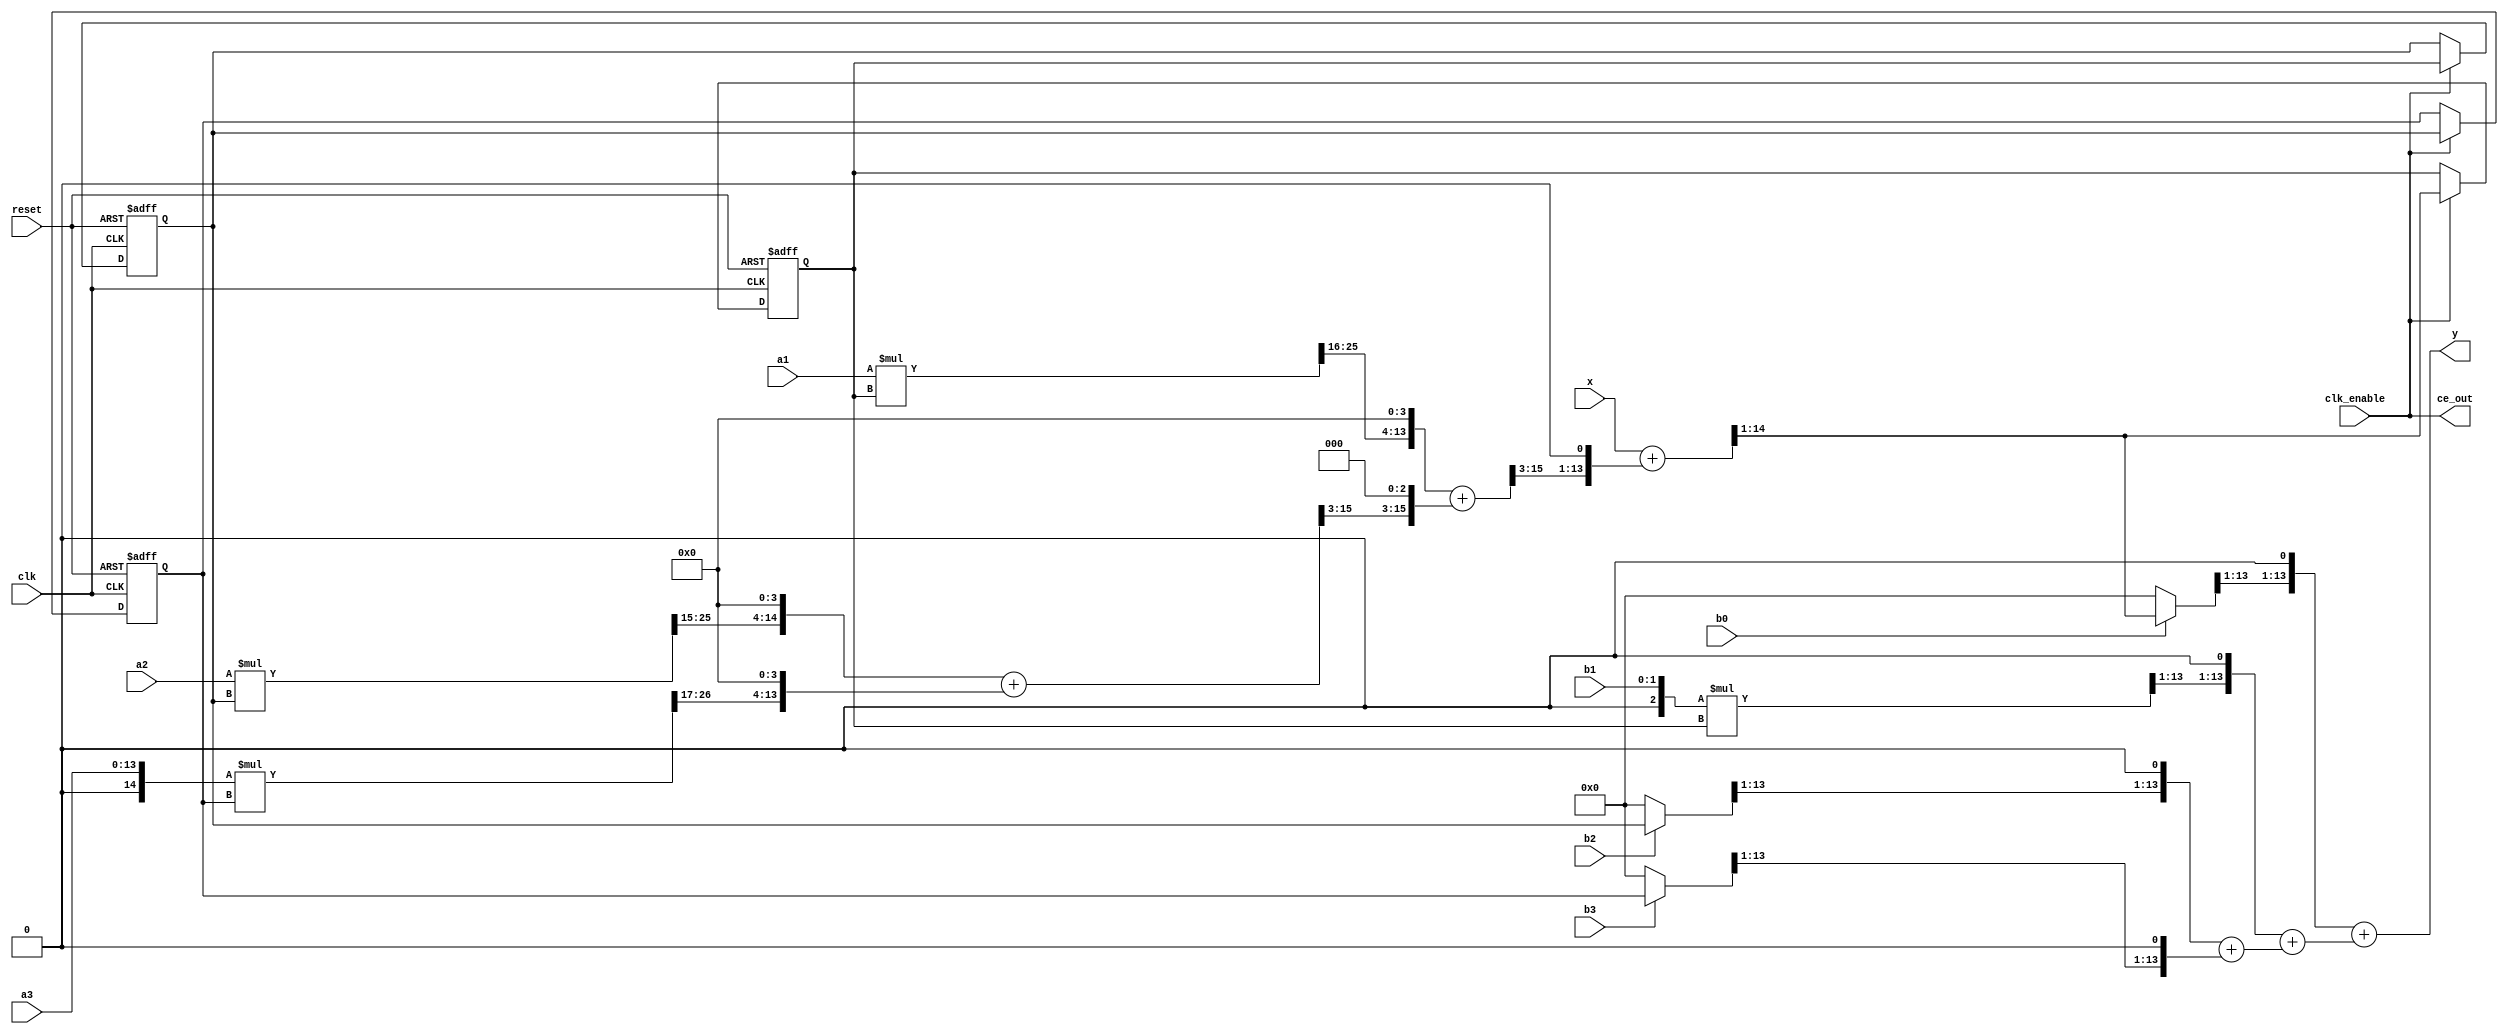
// -------------------------------------------------------------
// 
// 
// Generated by MATLAB 9.7, MATLAB Coder 4.3 and HDL Coder 3.15
// 
// 
// 
// -- -------------------------------------------------------------
// -- Rate and Clocking Details
// -- -------------------------------------------------------------
// Design base rate: 1
// 
// 
// Clock Enable  Sample Time
// -- -------------------------------------------------------------
// ce_out        1
// -- -------------------------------------------------------------
// 
// 
// Output Signal                 Clock Enable  Sample Time
// -- -------------------------------------------------------------
// y                             ce_out        1
// -- -------------------------------------------------------------
// 
// -------------------------------------------------------------


// -------------------------------------------------------------
// 
// Module: Direct_Form_IIR_Figure4_GeneratedCode_fixpt
// Source Path: Direct_Form_IIR_Figure4_GeneratedCode_fixpt
// Hierarchy Level: 0
// 
// -------------------------------------------------------------

`timescale 1 ns / 1 ns

module Direct_Form_IIR_Figure4_GeneratedCode_fixpt
          (clk,
           reset,
           clk_enable,
           x,
           a1,
           a2,
           a3,
           b0,
           b1,
           b2,
           b3,
           ce_out,
           y);


  input   clk;
  input   reset;
  input   clk_enable;
  input   signed [13:0] x;  // sfix14_En12
  input   signed [13:0] a1;  // sfix14_En15
  input   signed [13:0] a2;  // sfix14_En14
  input   [13:0] a3;  // ufix14_En16
  input   b0;  // ufix1
  input   [1:0] b1;  // ufix2
  input   b2;  // ufix1
  input   b3;  // ufix1
  output  ce_out;
  output  signed [13:0] y;  // sfix14_En11


  wire enb;
  reg signed [13:0] n10_add_reg_2;  // sfix14_En11
  reg signed [13:0] n10_add_reg_3;  // sfix14_En11
  wire signed [13:0] n3_mul;  // sfix14_En14
  wire signed [14:0] p8n3_mul_cast;  // sfix15_En16
  wire signed [28:0] p8n3_mul_mul_temp;  // sfix29_En27
  wire signed [27:0] p8n3_mul_cast_1;  // sfix28_En27
  wire signed [13:0] p8n3_mul_cast_2;  // sfix14_En10
  reg signed [13:0] n10_add_reg_1;  // sfix14_En11
  wire signed [13:0] n2_mul;  // sfix14_En13
  wire signed [27:0] p6n2_mul_mul_temp;  // sfix28_En25
  wire signed [13:0] p6n2_mul_cast;  // sfix14_En10
  wire signed [13:0] n8_add;  // sfix14_En12
  wire signed [15:0] p15n8_add_add_cast;  // sfix16_En14
  wire signed [15:0] p15n8_add_add_cast_1;  // sfix16_En14
  wire signed [15:0] p15n8_add_add_temp;  // sfix16_En14
  wire signed [13:0] p15n8_add_cast;  // sfix14_En11
  wire signed [13:0] tmp;  // sfix14_En11
  wire signed [13:0] n1_mul;  // sfix14_En14
  wire signed [27:0] p4n1_mul_mul_temp;  // sfix28_En26
  wire signed [13:0] p4n1_mul_cast;  // sfix14_En10
  wire signed [13:0] n9_add;  // sfix14_En12
  wire signed [16:0] p17n9_add_add_cast;  // sfix17_En14
  wire signed [16:0] p17n9_add_add_cast_1;  // sfix17_En14
  wire signed [16:0] p17n9_add_add_temp;  // sfix17_En14
  wire signed [13:0] p17n9_add_cast;  // sfix14_En11
  wire signed [14:0] p19tmp_add_cast;  // sfix15_En12
  wire signed [14:0] p19tmp_add_cast_1;  // sfix15_En12
  wire signed [14:0] p19tmp_add_temp;  // sfix15_En12
  wire signed [13:0] n6_mul;  // sfix14_En11
  wire signed [13:0] p12n6_mul_1;  // sfix14_En11
  wire signed [14:0] p12n6_mul_cast;  // sfix15_En11
  wire signed [13:0] p12n6_mul_cast_1;  // sfix14_En10
  wire signed [13:0] n4_mul;  // sfix14_En11
  wire signed [13:0] p22n4_mul_1;  // sfix14_En11
  wire signed [14:0] p22n4_mul_cast;  // sfix15_En11
  wire signed [13:0] p22n4_mul_cast_1;  // sfix14_En10
  wire signed [13:0] n5_mul;  // sfix14_En10
  wire signed [2:0] p10n5_mul_cast;  // sfix3
  wire signed [16:0] p10n5_mul_mul_temp;  // sfix17_En11
  wire signed [15:0] p10n5_mul_cast_1;  // sfix16_En11
  wire signed [13:0] n7_mul;  // sfix14_En11
  wire signed [13:0] p14n7_mul_1;  // sfix14_En11
  wire signed [14:0] p14n7_mul_cast;  // sfix15_En11
  wire signed [13:0] p14n7_mul_cast_1;  // sfix14_En10
  wire signed [13:0] n11_add;  // sfix14_En11
  wire signed [13:0] n12_add;  // sfix14_En11
  wire signed [15:0] p18n12_add_add_cast;  // sfix16_En11
  wire signed [15:0] p18n12_add_add_cast_1;  // sfix16_En11
  wire signed [15:0] p18n12_add_add_temp;  // sfix16_En11
  wire signed [13:0] n13_add;  // sfix14_En11


  assign enb = clk_enable;

  always @(posedge clk or posedge reset)
    begin : n10_add_reg_3_reg_process
      if (reset == 1'b1) begin
        n10_add_reg_3 <= 14'sb00000000000000;
      end
      else begin
        if (enb) begin
          n10_add_reg_3 <= n10_add_reg_2;
        end
      end
    end



  assign p8n3_mul_cast = {1'b0, a3};
  assign p8n3_mul_mul_temp = p8n3_mul_cast * n10_add_reg_3;
  assign p8n3_mul_cast_1 = p8n3_mul_mul_temp[27:0];
  assign p8n3_mul_cast_2 = {{3{p8n3_mul_cast_1[27]}}, p8n3_mul_cast_1[27:17]};
  assign n3_mul = {p8n3_mul_cast_2[9:0], 4'b0000};



  always @(posedge clk or posedge reset)
    begin : n10_add_reg_2_reg_process
      if (reset == 1'b1) begin
        n10_add_reg_2 <= 14'sb00000000000000;
      end
      else begin
        if (enb) begin
          n10_add_reg_2 <= n10_add_reg_1;
        end
      end
    end



  assign p6n2_mul_mul_temp = a2 * n10_add_reg_2;
  assign p6n2_mul_cast = {p6n2_mul_mul_temp[27], p6n2_mul_mul_temp[27:15]};
  assign n2_mul = {p6n2_mul_cast[10:0], 3'b000};



  assign p15n8_add_add_cast = {n2_mul[13], {n2_mul, 1'b0}};
  assign p15n8_add_add_cast_1 = {{2{n3_mul[13]}}, n3_mul};
  assign p15n8_add_add_temp = p15n8_add_add_cast + p15n8_add_add_cast_1;
  assign p15n8_add_cast = {p15n8_add_add_temp[15], p15n8_add_add_temp[15:3]};
  assign n8_add = {p15n8_add_cast[12:0], 1'b0};



  // HDL code generation from MATLAB function: Direct_Form_IIR_Figure4_GeneratedCode_fixpt
  // 
  // %%%%%%%%%%%%%%%%%%%%%%%%%%%%%%%%%%%%%%%%%%%%%%%%%%%%%%%%%%%%%%%%%%%%%%%%%%%
  // 
  //                                                                          %
  // 
  //           Generated by MATLAB 9.7 and Fixed-Point Designer 6.4           %
  // 
  //                                                                          %
  // 
  // %%%%%%%%%%%%%%%%%%%%%%%%%%%%%%%%%%%%%%%%%%%%%%%%%%%%%%%%%%%%%%%%%%%%%%%%%%%
  always @(posedge clk or posedge reset)
    begin : n10_add_reg_1_reg_process
      if (reset == 1'b1) begin
        n10_add_reg_1 <= 14'sb00000000000000;
      end
      else begin
        if (enb) begin
          n10_add_reg_1 <= tmp;
        end
      end
    end



  assign p4n1_mul_mul_temp = a1 * n10_add_reg_1;
  assign p4n1_mul_cast = {{2{p4n1_mul_mul_temp[27]}}, p4n1_mul_mul_temp[27:16]};
  assign n1_mul = {p4n1_mul_cast[9:0], 4'b0000};



  assign p17n9_add_add_cast = {{3{n1_mul[13]}}, n1_mul};
  assign p17n9_add_add_cast_1 = {n8_add[13], {n8_add, 2'b00}};
  assign p17n9_add_add_temp = p17n9_add_add_cast + p17n9_add_add_cast_1;
  assign p17n9_add_cast = p17n9_add_add_temp[16:3];
  assign n9_add = {p17n9_add_cast[12:0], 1'b0};



  assign p19tmp_add_cast = {x[13], x};
  assign p19tmp_add_cast_1 = {n9_add[13], n9_add};
  assign p19tmp_add_temp = p19tmp_add_cast + p19tmp_add_cast_1;
  assign tmp = p19tmp_add_temp[14:1];



  assign p12n6_mul_1 = (b2 == 1'b1 ? n10_add_reg_2 :
              14'sb00000000000000);
  assign p12n6_mul_cast = {p12n6_mul_1[13], p12n6_mul_1};
  assign p12n6_mul_cast_1 = p12n6_mul_cast[14:1];
  assign n6_mul = {p12n6_mul_cast_1[12:0], 1'b0};



  assign p22n4_mul_1 = (b0 == 1'b1 ? tmp :
              14'sb00000000000000);
  assign p22n4_mul_cast = {p22n4_mul_1[13], p22n4_mul_1};
  assign p22n4_mul_cast_1 = p22n4_mul_cast[14:1];
  assign n4_mul = {p22n4_mul_cast_1[12:0], 1'b0};



  assign p10n5_mul_cast = {1'b0, b1};
  assign p10n5_mul_mul_temp = p10n5_mul_cast * n10_add_reg_1;
  assign p10n5_mul_cast_1 = p10n5_mul_mul_temp[15:0];
  assign n5_mul = p10n5_mul_cast_1[14:1];



  assign p14n7_mul_1 = (b3 == 1'b1 ? n10_add_reg_3 :
              14'sb00000000000000);
  assign p14n7_mul_cast = {p14n7_mul_1[13], p14n7_mul_1};
  assign p14n7_mul_cast_1 = p14n7_mul_cast[14:1];
  assign n7_mul = {p14n7_mul_cast_1[12:0], 1'b0};



  assign n11_add = n6_mul + n7_mul;



  assign p18n12_add_add_cast = {n5_mul[13], {n5_mul, 1'b0}};
  assign p18n12_add_add_cast_1 = {{2{n11_add[13]}}, n11_add};
  assign p18n12_add_add_temp = p18n12_add_add_cast + p18n12_add_add_cast_1;
  assign n12_add = p18n12_add_add_temp[13:0];



  assign n13_add = n4_mul + n12_add;



  assign ce_out = clk_enable;

  assign y = n13_add;

endmodule  // Direct_Form_IIR_Figure4_GeneratedCode_fixpt